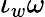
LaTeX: \iota_{w}\omega